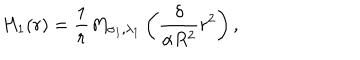
H _ { 1 } ( r ) = \frac { 1 } { r } M _ { \sigma _ { 1 } , \lambda _ { 1 } } \left( \frac { \delta } { \alpha R ^ { 2 } } r ^ { 2 } \right) ,